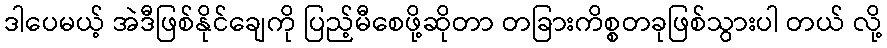
ဒါပေမယ့် အဲဒီဖြစ်နိုင်ချေကို ပြည့်မီစေဖို့ဆိုတာ တခြားကိစ္စတခုဖြစ်သွားပါ တယ် လို့